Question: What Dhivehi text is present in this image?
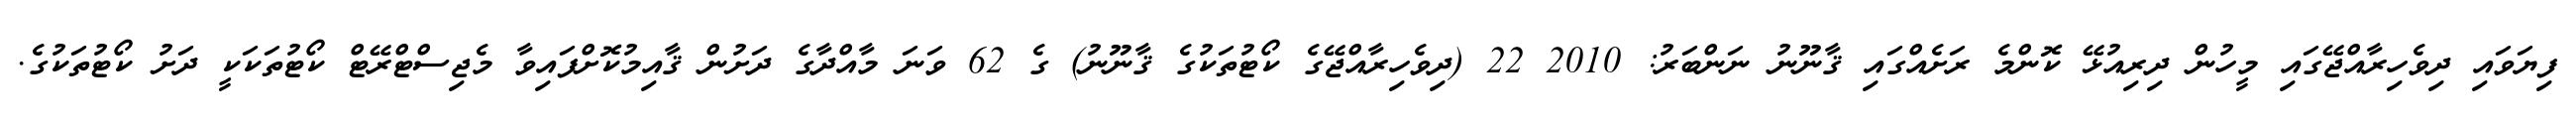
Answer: ފިޔަވައި ދިވެހިރާއްޖޭގައި މީހުން ދިރިއުޅޭ ކޮންމެ ރަށެއްގައި ޤާނޫނު ނަންބަރު: 2010 22 (ދިވެހިރާއްޖޭގެ ކޯޓުތަކުގެ ޤާނޫނު) ގެ 62 ވަނަ މާއްދާގެ ދަށުން ޤާއިމުކޮށްފައިވާ މެޖިސްޓްރޭޓް ކޯޓުތަކަކީ ދަށު ކޯޓުތަކުގެ.